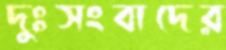
দুঃসংবাদের